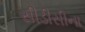
સીડીસીના